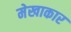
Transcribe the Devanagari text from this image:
मेखाकार